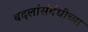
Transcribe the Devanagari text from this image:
बदलांसंबंधीच्या